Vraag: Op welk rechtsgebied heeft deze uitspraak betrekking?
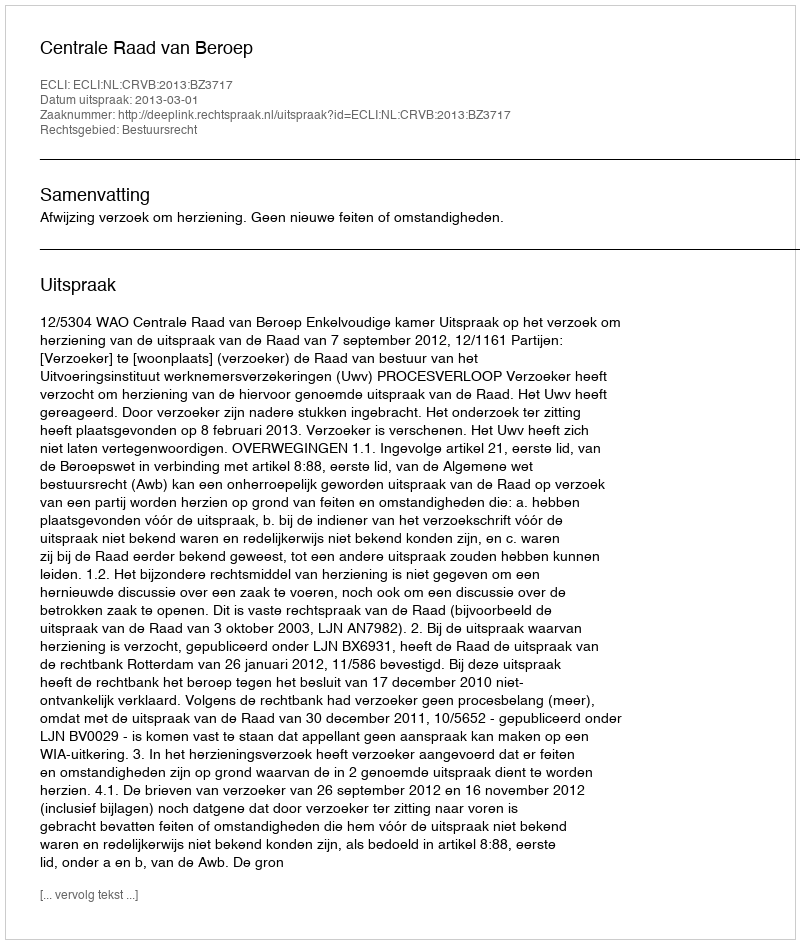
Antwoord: Bestuursrecht